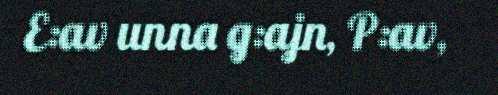
E:av unna g:ajn, P:av,